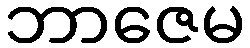
ဘာဇေမ